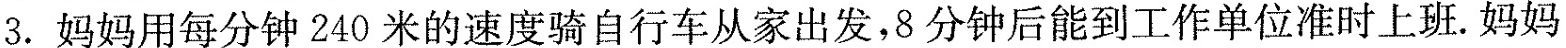
3.妈妈用每分钟240米的速度骑自行车从家出发，8分钟后能到工作单位准时上班。妈妈